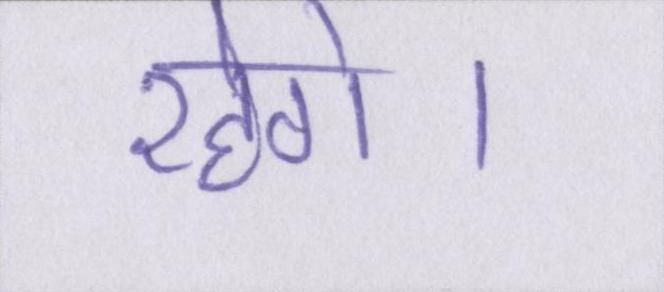
रहेगे।